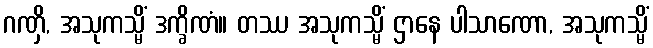
ဂဏှိ, အသုကသ္မိံ ဒက္ခိဏံ။ တဿ အသုကသ္မိံ ဌာနေ ပါသာဏော, အသုကသ္မိံ